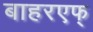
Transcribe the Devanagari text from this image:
बाहरएफ्